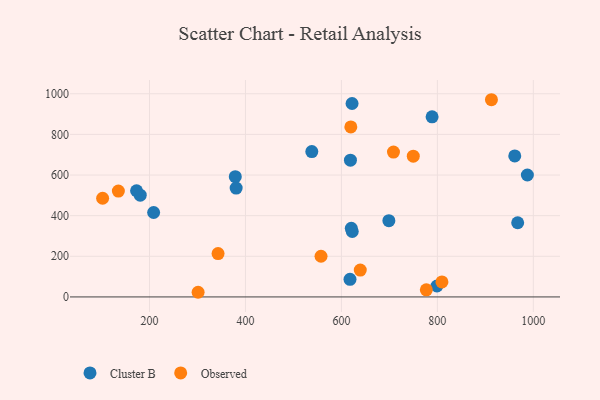
{"axis": {"x": "Ad Spend", "y": "Sales"}, "legend": ["Cluster B", "Observed"], "data": [{"x": "620.6", "y": 337.7, "type": "Cluster B"}, {"x": "180.7", "y": 500.9, "type": "Cluster B"}, {"x": "961.3", "y": 694.1, "type": "Cluster B"}, {"x": "618.8", "y": 673.0, "type": "Cluster B"}, {"x": "617.9", "y": 86.8, "type": "Cluster B"}, {"x": "799.1", "y": 53.9, "type": "Cluster B"}, {"x": "967.4", "y": 365.2, "type": "Cluster B"}, {"x": "378.8", "y": 591.8, "type": "Cluster B"}, {"x": "698.9", "y": 375.1, "type": "Cluster B"}, {"x": "538.3", "y": 715.5, "type": "Cluster B"}, {"x": "380.6", "y": 536.0, "type": "Cluster B"}, {"x": "987.6", "y": 600.0, "type": "Cluster B"}, {"x": "173.0", "y": 522.6, "type": "Cluster B"}, {"x": "208.6", "y": 415.6, "type": "Cluster B"}, {"x": "789.0", "y": 886.6, "type": "Cluster B"}, {"x": "622.6", "y": 322.0, "type": "Cluster B"}, {"x": "622.2", "y": 952.1, "type": "Cluster B"}, {"x": "301.3", "y": 22.9, "type": "Observed"}, {"x": "749.8", "y": 692.8, "type": "Observed"}, {"x": "557.5", "y": 200.1, "type": "Observed"}, {"x": "342.9", "y": 213.2, "type": "Observed"}, {"x": "619.6", "y": 836.5, "type": "Observed"}, {"x": "135.1", "y": 521.2, "type": "Observed"}, {"x": "777.0", "y": 35.1, "type": "Observed"}, {"x": "912.7", "y": 970.6, "type": "Observed"}, {"x": "102.3", "y": 485.6, "type": "Observed"}, {"x": "708.5", "y": 712.7, "type": "Observed"}, {"x": "809.5", "y": 73.8, "type": "Observed"}, {"x": "639.3", "y": 132.0, "type": "Observed"}]}